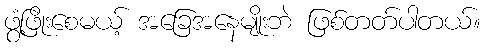
ဖွံ့ဖြိုးစေမယ့် အခြေအနေမျိုးဘဲ ဖြစ်တတ်ပါတယ်။